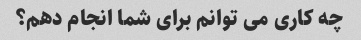
چه کاری می توانم برای شما انجام دهم؟